Assam Mental Hospital (Tezpur, India) - 1933-1948
Year: 1933
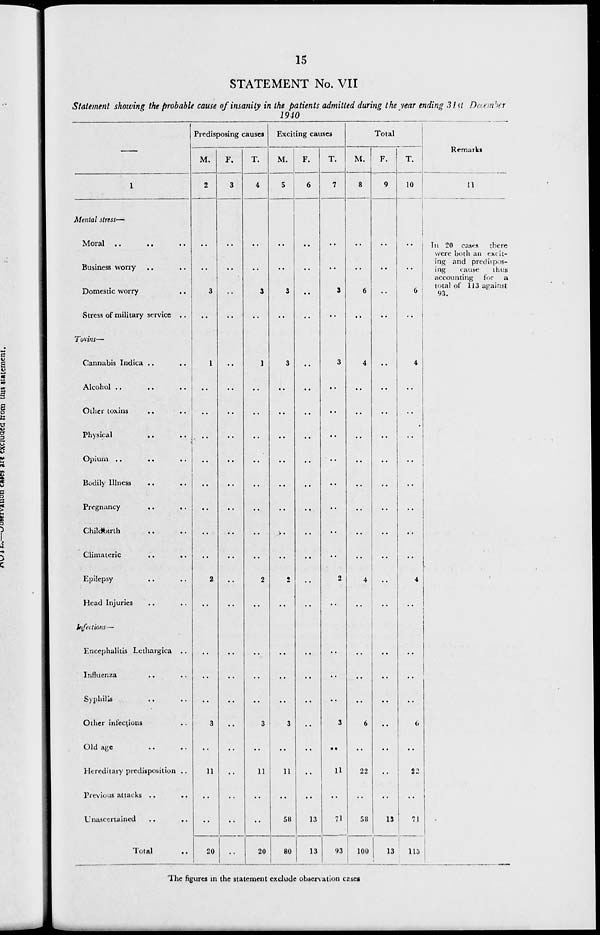
15
STATEMENT No. VII
Statement showing the probable cause of insanity in the patients admitted during the year ending 31st December
1940
–––
1
Mental stress—
Moral .. .. ..
Business worry .. ..
Domestic worry ..
Stress of military service ..
Toxins—
Cannabis Indica .. ..
Alcohol .. .. ..
Other toxins .. ..
Physical
..
..
Opium .. .. ..
Bodily Illness .. ..
Pregnancy .. ..
Childbirth .. ..
Climateric .. ..
Epilepsy .. ..
Head Injuries .. ..
Infections—
Encephalitis Lethargica ..
Influenza .. ..
Syphilis .. ..
Other infections ..
Old age .. ..
Hereditary predisposition ..
Previous attacks ..
..
Unascertained
..
..
Total
..
Predisposing causes
M.
2
..
..
3
..
1
..
..
..
..
..
..
..
..
2
..
..
..
..
3
..
11
..
..
20
F.
3
..
..
..
..
..
..
..
..
..
..
..
..
..
..
..
..
..
..
..
..
..
..
..
..
T.
4
..
..
3
..
1
..
..
..
..
..
..
..
..
2
..
..
..
..
3
..
11
..
..
20
Exciting causes
M.
5
..
..
3
..
3
..
..
..
..
..
..
..
..
2
..
..
..
..
3
..
11
..
58
80
F.
6
..
..
..
..
..
..
..
..
..
..
..
..
..
..
..
..
..
..
..
..
..
..
13
13
T.
7
..
..
3
..
3
..
..
..
..
..
..
..
..
2
..
..
..
..
3
..
11
..
71
93
Total
M.
8
..
..
6
..
4
..
..
..
..
..
..
..
..
4
..
..
..
..
6
..
22
..
58
100
F.
9
..
..
..
..
..
..
..
..
..
..
..
..
..
..
..
..
..
..
..
..
..
..
13
13
T.
10
..
..
6
..
4
..
..
..
..
..
..
..
..
4
..
..
..
..
6
..
22
..
71
113
Remarks
11
In 20 cases there
were both an excit-
ing and predispos-
ing
cause
thus
accounting for a
total of 113 against
93.
The figures in the statement exclude observation cases.